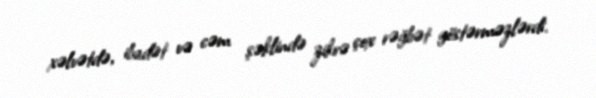
xəlvətdə, ibadət və cəm şəklində zikrə çox rəğbət göstərməzlərdi.